Civil Veterinary Department Bihar reports 1940-50 - 1940-1950
Year: 1940
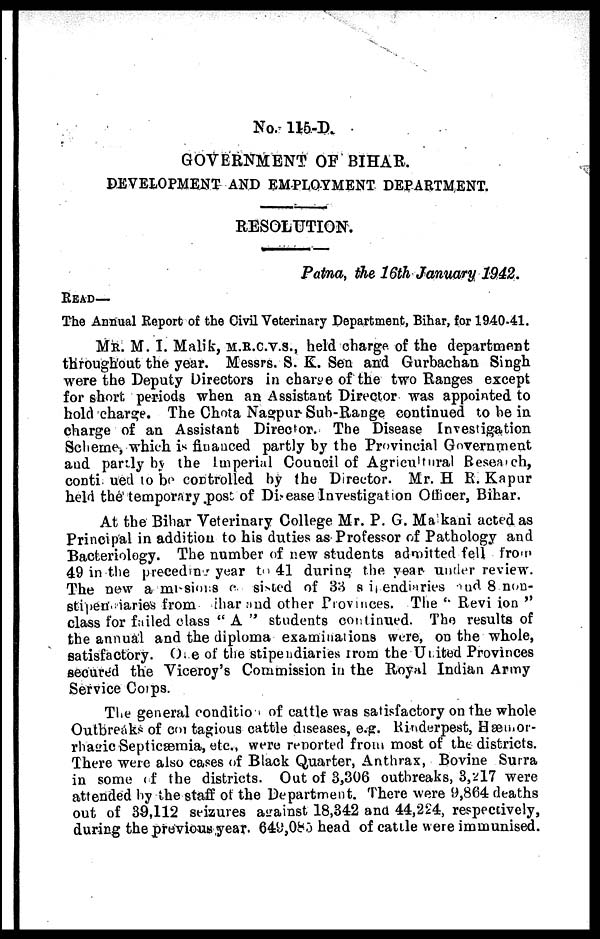
No. 115-D.
GOVERNMENT OF BIHAR.
DEVELOPMENT AND EMPLOYMENT DEPARTMENT.
RESOLUTION.
Patna, the 16th January 1942.
READ—
The Annual Report of the Civil Veterinary Department, Bihar, for 1940-41.
Me. M. I. Malik, m.r.c.v.s., held charge, of the department
throughout the year. Messrs. S. K. Sen and Gurbachan Singh
were the Deputy Directors in charge of the two Ranges except
for short periods when an Assistant Director was appointed to
hold charge. The Chota Nagpur- Sub-Range continued to be in
charge of an Assistant Director. The Disease Investigation
Scheme, which is financed partly by the Provincial Government
and partly by the Imperial Council of Agricultural Research,
conti ued to be controlled by the Director. Mr. H R. Kapur
held the temporary .post of Disease Investigation Officer, Bihar.
At the Bihar Veterinary College Mr. P. G. Ma kani acted as
Principal in addition to his duties as Professor of Pathology and
Bacteriology. The number of new students admitted fell from
49 in the preceding year to 41 during the year under review.
The new a missions c sisted of 33 8 ii endiaries and 8 non-
stipen'. iaries from Bihar and other Provinces. The '. Revision "
class for failed class " A " students continued. The results of
the annual and the diploma examinations were, on the whole,
satisfactory. 0..e of the stipendiaries from the United Provinces
secured the Viceroy's Commission in the Royal Indian Army
Service Cotps.
The general conditio of cattle was satisfactory on the whole
Outbreaks of con tagious cattle diseases, e.g. Rinderpest, Hæmor-
rhairie Septicæmia, etc., were reported from most of the districts.
There were also cases of Black Quarter, Anthrax, Bovine Surra
in some of the districts. Out of 3,306 outbreaks, 3,217 were
attended by the staff of the Department. There were 9,864 deaths
out of 39,112 seizures against 18,342 ana 44,224, respectively,
during the previous year. 649,085 head of cattle were immunised.